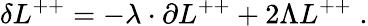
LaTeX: \delta L^{++}=-\lambda\cdot\partial L^{++}+2\Lambda L^{++}\; .